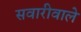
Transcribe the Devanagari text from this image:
सवारीवाले